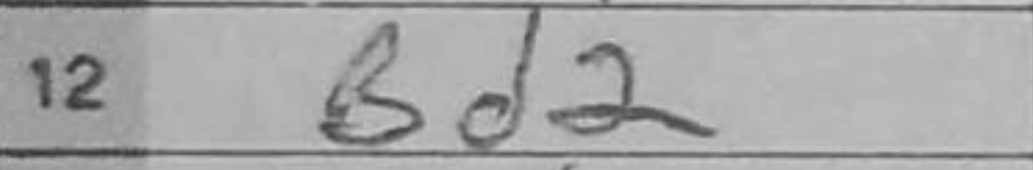
Transcription: Bd2